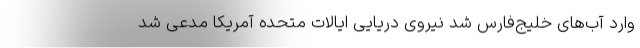
وارد آب‌های خلیج‌فارس شد نیروی دریایی ایالات متحده آمریکا مدعی شد